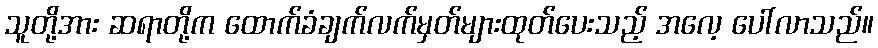
သူတို့အား ဆရာတို့က ထောက်ခံချက်လက်မှတ်များထုတ်ပေးသည့် အလေ့ ပေါ်လာသည်။